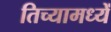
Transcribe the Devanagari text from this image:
तिच्यामध्यें